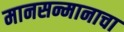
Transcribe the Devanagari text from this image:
मानसन्मानाचा